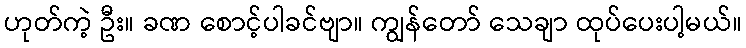
ဟုတ်ကဲ့ ဦး။ ခဏ စောင့်ပါခင်ဗျာ။ ကျွန်တော် သေချာ ထုပ်ပေးပါ့မယ်။